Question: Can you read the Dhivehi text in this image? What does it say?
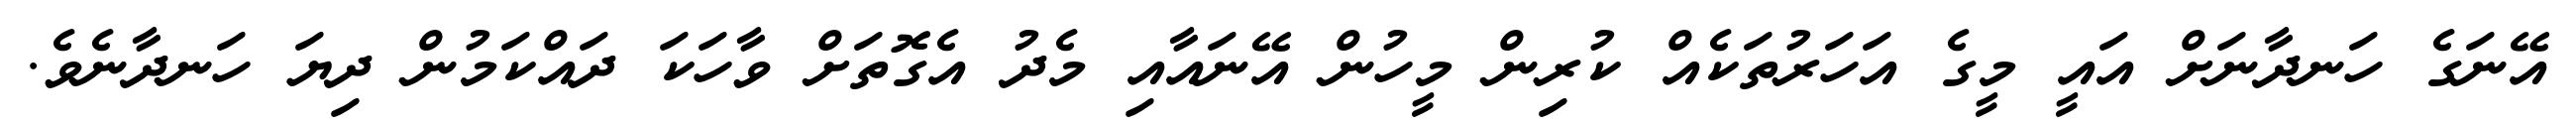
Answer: އޭނަގެ ހަނދާނަށް އައީ މީގެ އަހަރުތަކެއް ކުރިން މީހުން އޭނައާއި މެދު އެގޮތަށް ވާހަކަ ދައްކަމުން ދިޔަ ހަނދާނެވެ.